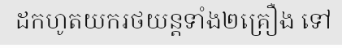
ដកហូតយករថយន្តទាំង២គ្រឿង ទៅ